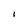
Character: I